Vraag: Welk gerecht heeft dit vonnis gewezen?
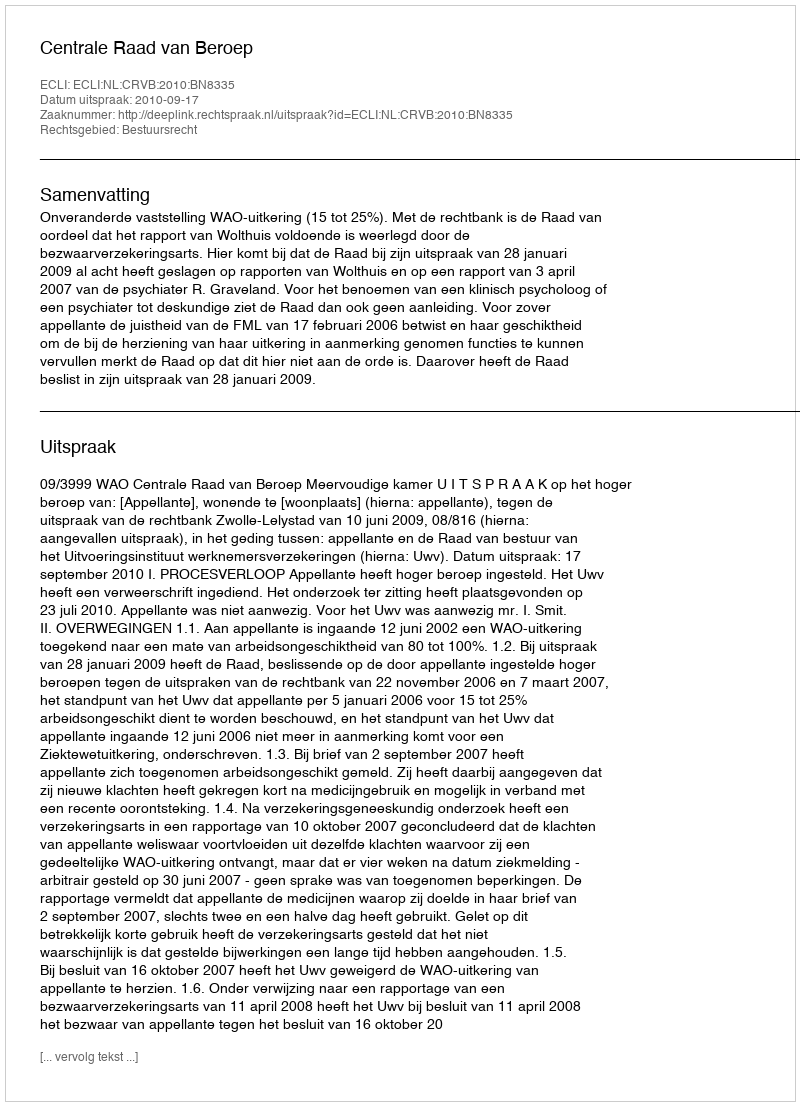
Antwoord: Centrale Raad van Beroep